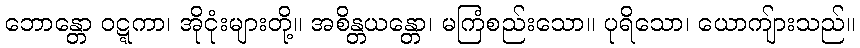
ဘောန္တော ဝဋ္ဋကာ၊ အိုငုံးများတို့။ အစိန္တယန္တော၊ မကြံစည်းသော။ ပုရိသော၊ ယောကျ်ားသည်။